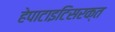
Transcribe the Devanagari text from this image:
हेपाटाइटिसरक्त